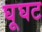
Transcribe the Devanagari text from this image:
घूघट